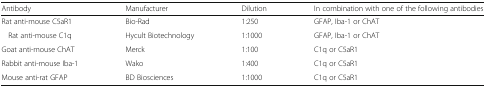
| Antibody | Manufacturer | Dilution | In combination with one of the following antibodies |
 | --- | --- | --- | --- |
 | Rat anti-mouse C5aR1 | Bio-Rad | 1:250 | GFAP, Iba-1 or ChAT |
 | Rat anti-mouse C1q | Hycult Biotechnology | 1:1000 | GFAP, Iba-1 or ChAT |
 | Goat anti-mouse ChAT | Merck | 1:100 | C1q or C5aR1 |
 | Rabbit anti-mouse Iba-1 | Wako | 1:400 | C1q or C5aR1 |
 | Mouse anti-rat GFAP | BD Biosciences | 1:1000 | C1q or C5aR1 |